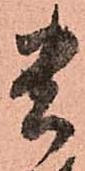
貴